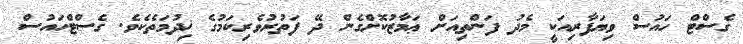
ގެސްޓް ހައުސް ވިޔަފާރިއަކީ މެދު ފަންތިއަށް ޢަމާޒުކޮށްގެން ދޭ ފަތުރުވެރިކަމުގެ ޚިދުމަތެކެވެ. ގެސްޓްހައުސް